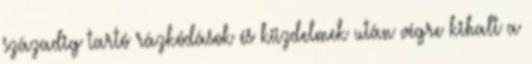
századig tartó rázkódások és küzdelmek után végre kihalt a